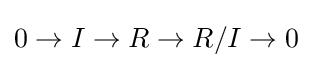
0\to I\to R\to R/I\to 0